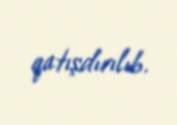
qatışdırılıb.